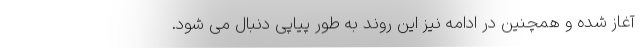
آغاز شده و همچنین در ادامه نیز این روند به طور پیاپی دنبال می شود.